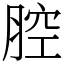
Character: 腔